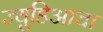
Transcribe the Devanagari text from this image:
ज्युडिआचा